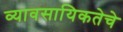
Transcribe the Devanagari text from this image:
व्यावसायिकतेचे